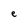
Character: e